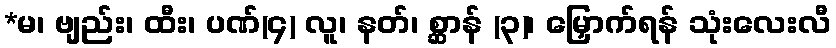
*မ၊ ဗျည်း၊ ထီး၊ ပဏ်(၄) လူ၊ နတ်၊ စ္ဆာန် (၃)၊ မြှောက်ရန် သုံးလေးလီ